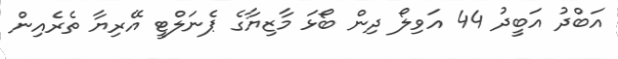
އަބްދު އަބީދު 44 އަވިލޯ ދިން ބޯޅަ މާޒިޔާގެ ޕެނަލްޓީ އޭރިޔާ ތެރެއިން